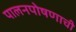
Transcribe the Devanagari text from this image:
पालनपोषणाची